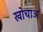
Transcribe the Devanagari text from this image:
खोचाअ